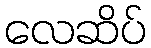
လေဆိပ်